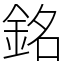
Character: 銘